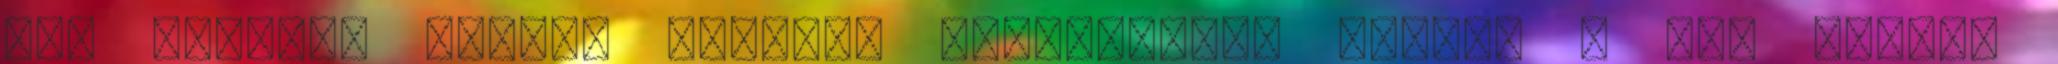
idő szerint péntek délután háromnegyed hatkor a New York-i